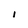
Character: I